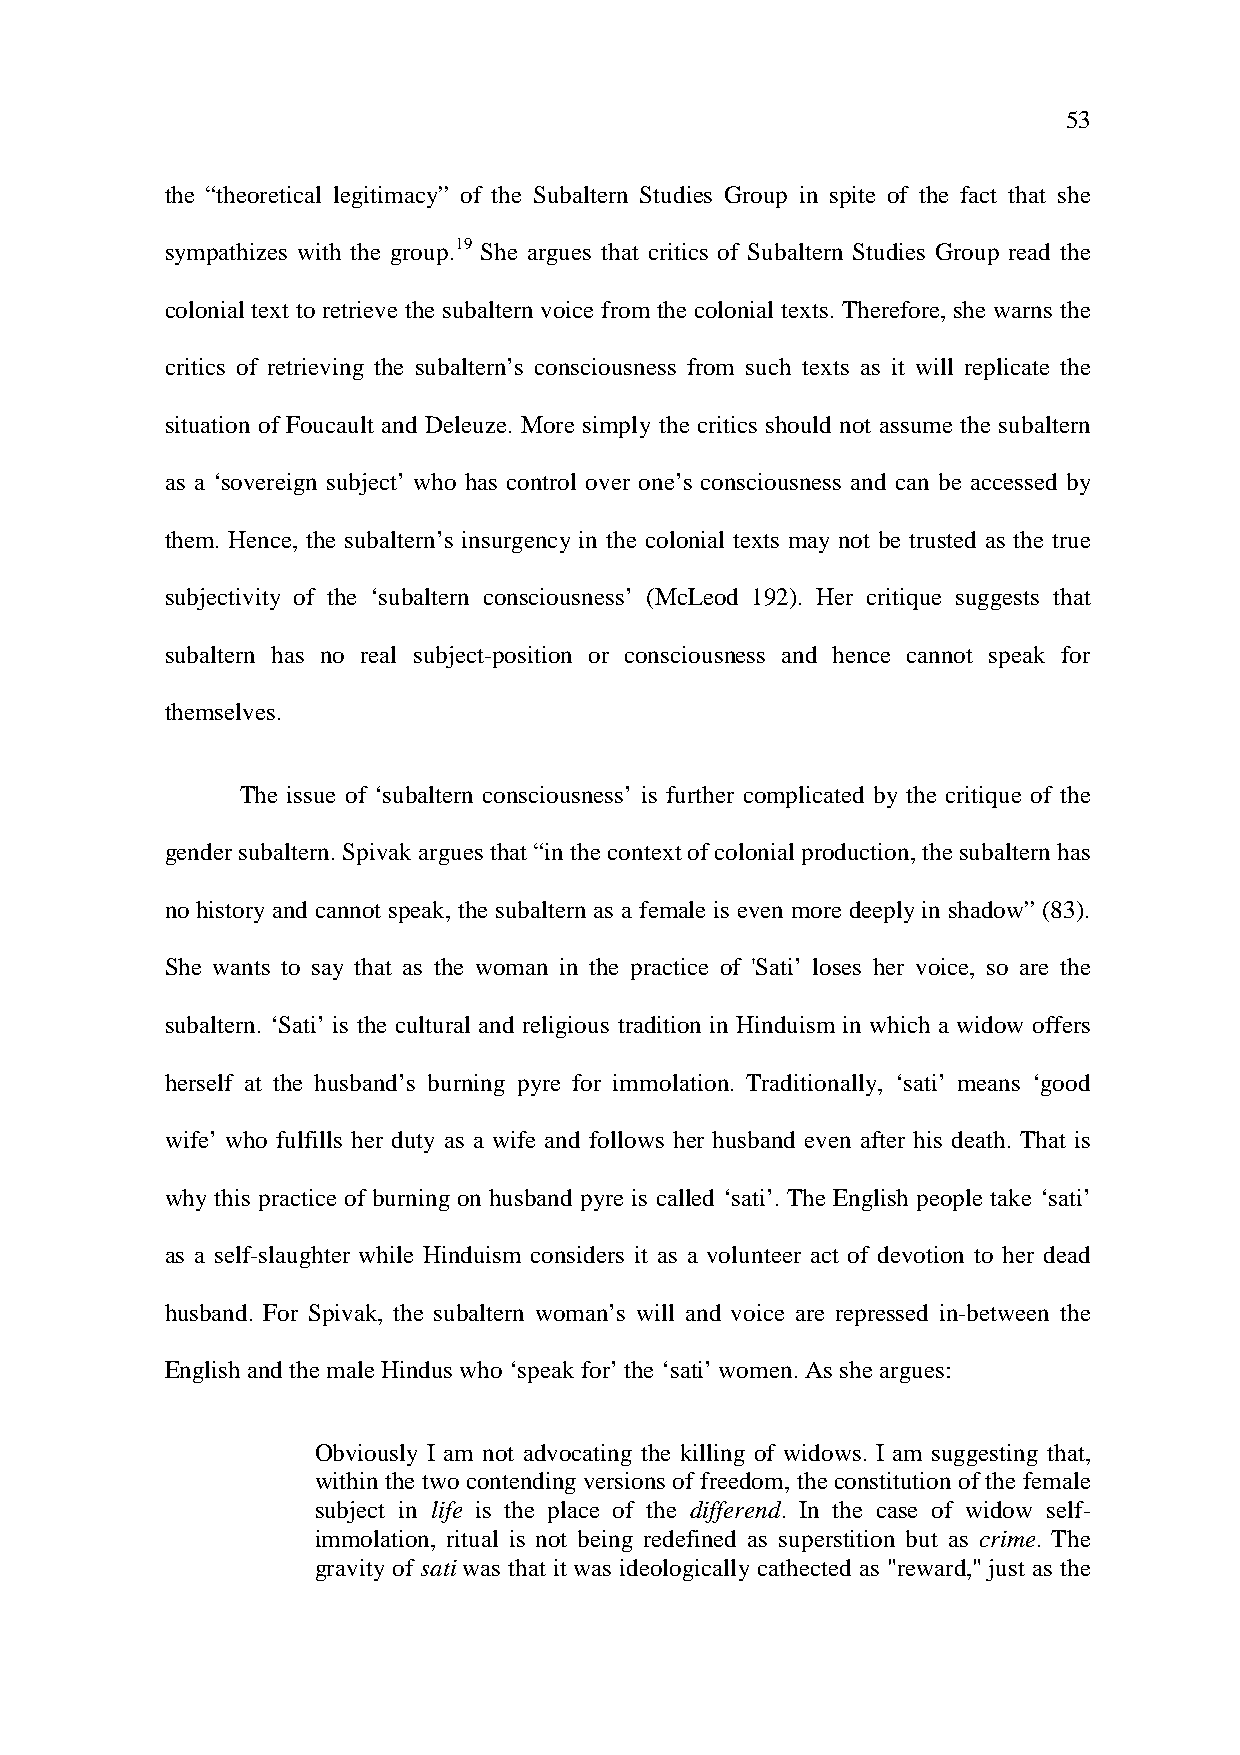
53
 the “theoretical legitimacy” of the Subaltern Studies Group in spite of the fact that she
 sympathizes with the group.19 She argues that critics of Subaltern Studies Group read the
 colonial text to retrieve the subaltern voice from the colonial texts. Therefore, she warns the
 critics of retrieving the subaltern’s consciousness from such texts as it will replicate the
 situation of Foucault and Deleuze. More simply the critics should not assume the subaltern
 as a ‘sovereign subject’ who has control over one’s consciousness and can be accessed by
 them. Hence, the subaltern’s insurgency in the colonial texts may not be trusted as the true
 subjectivity of the ‘subaltern consciousness’ (McLeod 192). Her critique suggests that
 subaltern has no real subject-position or consciousness and hence cannot speak for
 themselves.
 The issue of ‘subaltern consciousness’ is further complicated by the critique of the
 gender subaltern. Spivak argues that “in the context of colonial production, the subaltern has
 no history and cannot speak, the subaltern as a female is even more deeply in shadow” (83).
 She wants to say that as the woman in the practice of 'Sati’ loses her voice, so are the
 subaltern. ‘Sati’ is the cultural and religious tradition in Hinduism in which a widow offers
 herself at the husband’s burning pyre for immolation. Traditionally, ‘sati’ means ‘good
 wife’ who fulfills her duty as a wife and follows her husband even after his death. That is
 why this practice of burning on husband pyre is called ‘sati’. The English people take ‘sati’
 as a self-slaughter while Hinduism considers it as a volunteer act of devotion to her dead
 husband. For Spivak, the subaltern woman’s will and voice are repressed in-between the
 English and the male Hindus who ‘speak for’ the ‘sati’ women. As she argues:
 Obviously I am not advocating the killing of widows. I am suggesting that,
 within the two contending versions of freedom, the constitution of the female
 subject in life is the place of the differend. In the case of widow self-
 immolation, ritual is not being redefined as superstition but as crime. The
 gravity of sati was that it was ideologically cathected as "reward," just as the